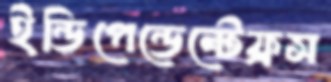
ইন্ডিপেন্ডেন্টেফ্রস